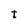
Character: t